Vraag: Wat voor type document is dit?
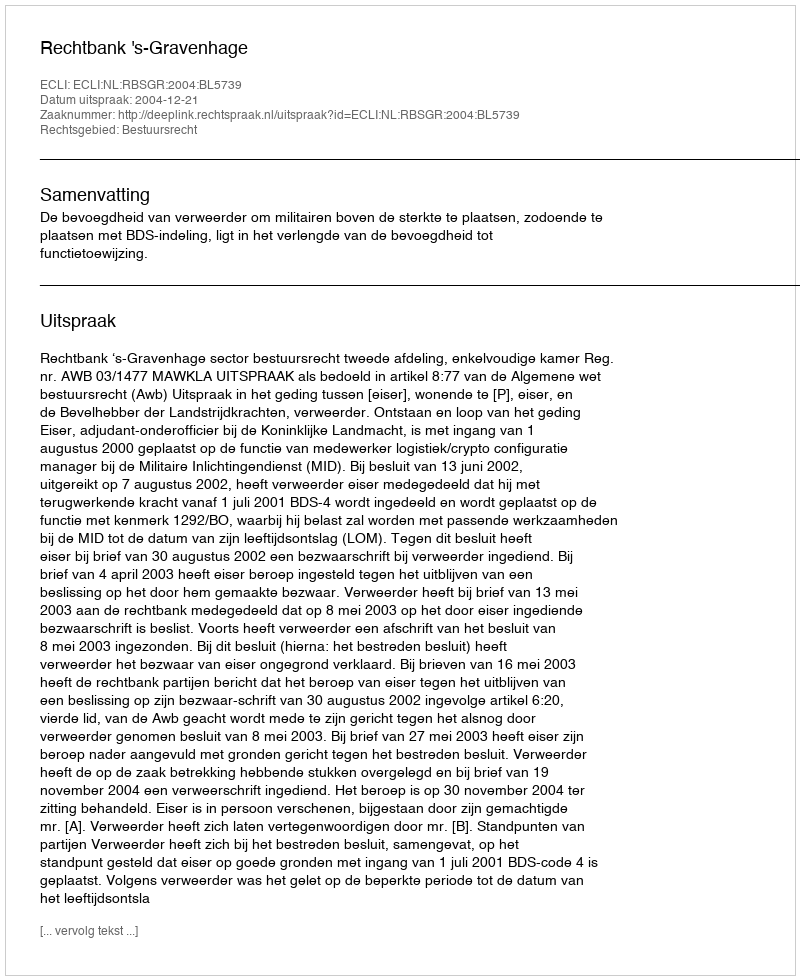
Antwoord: Uitspraak